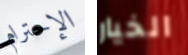
الإحترام الخيار